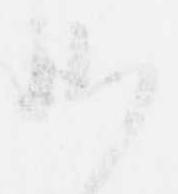
候